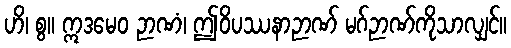
ဟိ၊ စွ။ ဣဒမေဝ ဉာဏံ၊ ဤဝိပဿနာဉာဏ် မဂ်ဉာဏ်ကိုသာလျှင်။